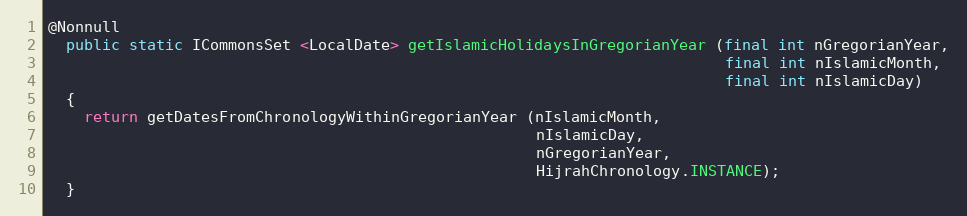
Language: Java
@Nonnull
  public static ICommonsSet <LocalDate> getIslamicHolidaysInGregorianYear (final int nGregorianYear,
                                                                           final int nIslamicMonth,
                                                                           final int nIslamicDay)
  {
    return getDatesFromChronologyWithinGregorianYear (nIslamicMonth,
                                                      nIslamicDay,
                                                      nGregorianYear,
                                                      HijrahChronology.INSTANCE);
  }